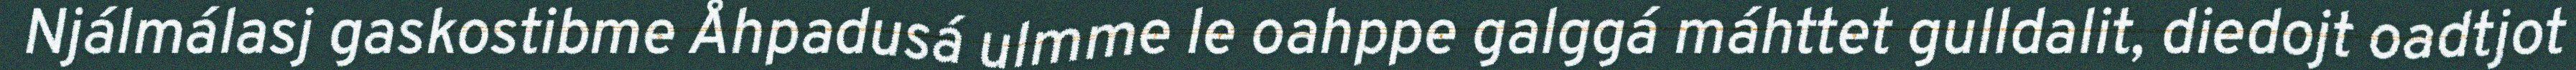
Njálmálasj gaskostibme Åhpadusá ulmme le oahppe galggá máhttet gulldalit, diedojt oadtjot